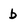
Character: b